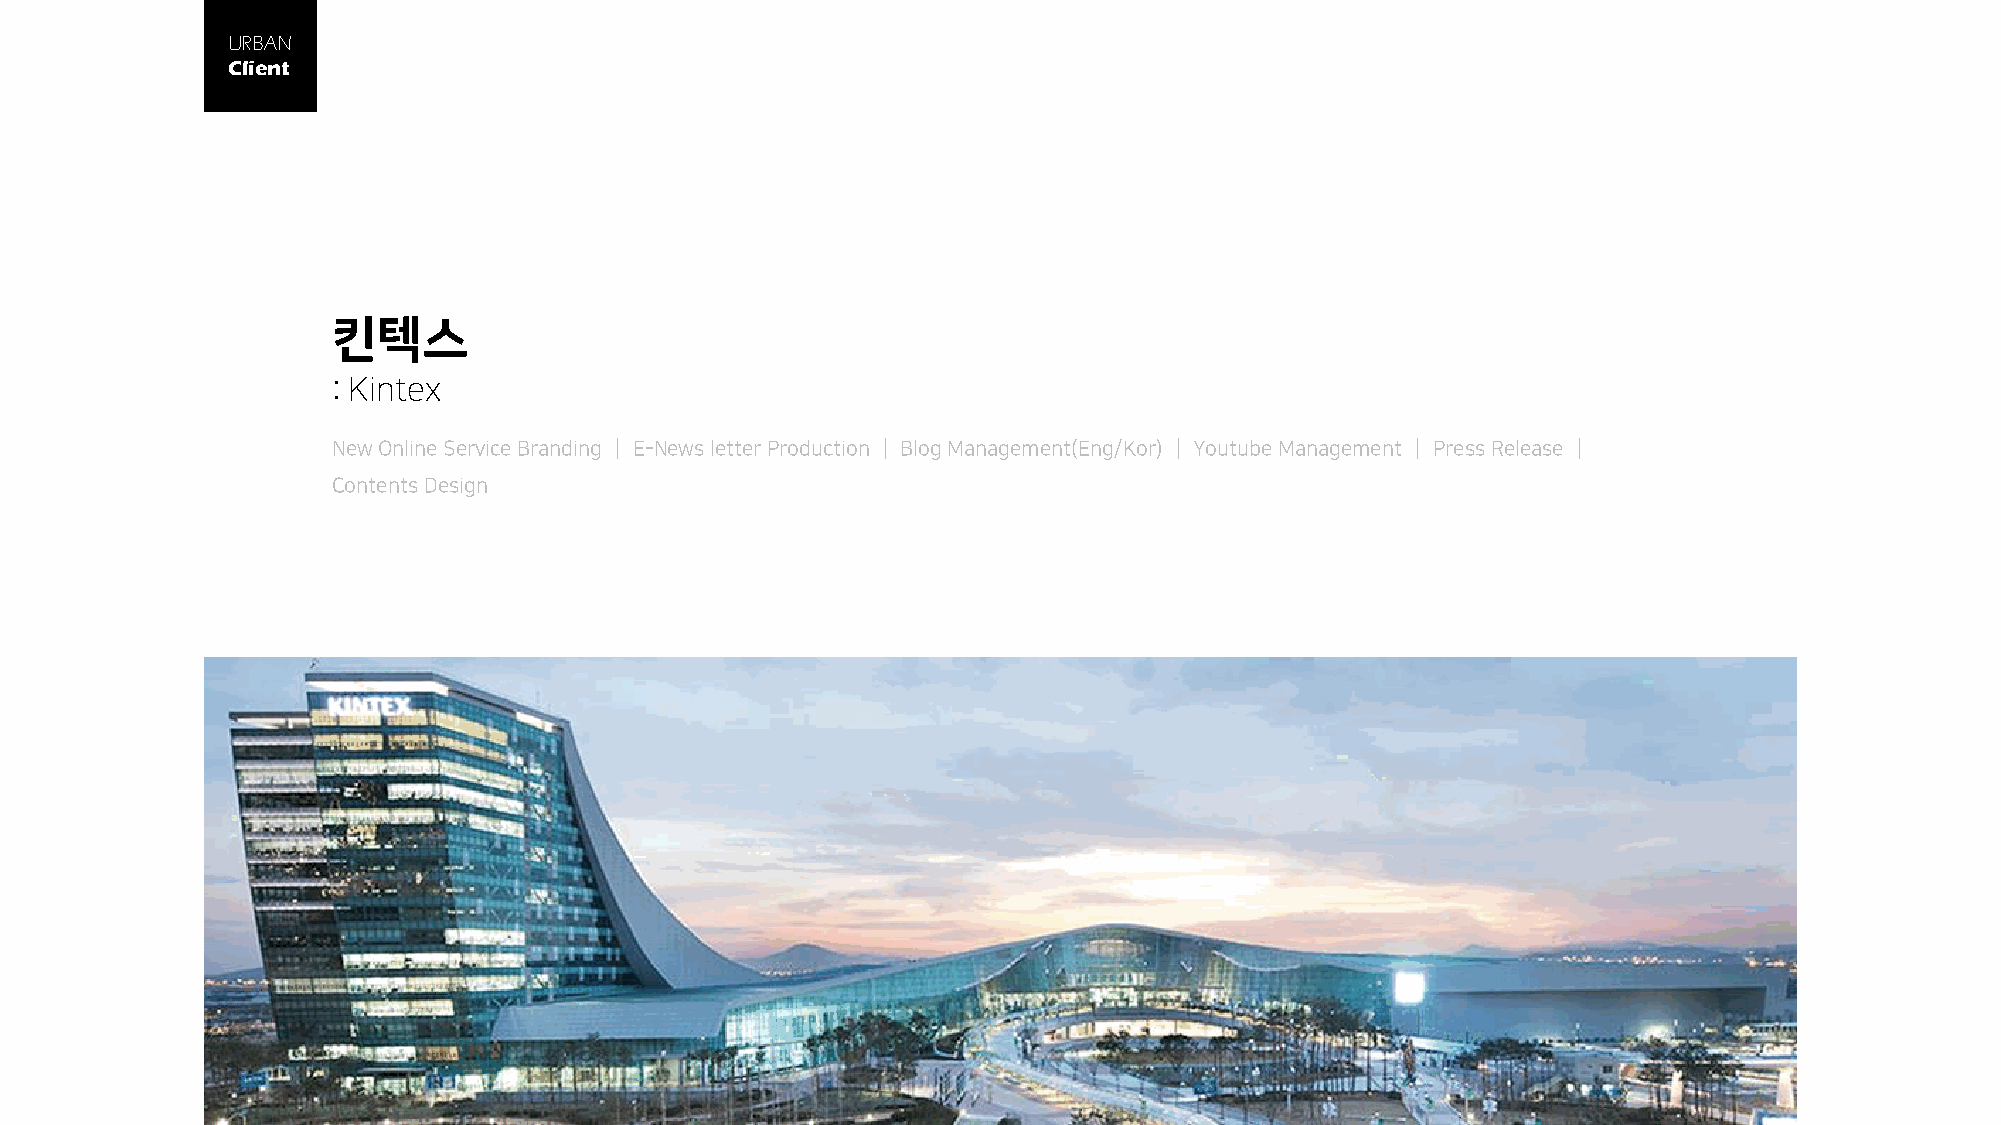
URBAN
 Client
 킨텍스
 : Kintex
 New Online Service Branding │ E-News letter Production │ Blog Management(Eng/Kor) │ Youtube Management │ Press Release │
 Contents Design